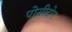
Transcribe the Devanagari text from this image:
पोसीदोन